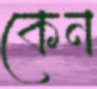
কেন